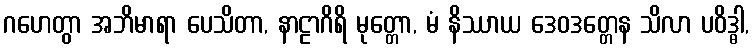
ဂဟေတွာ အဘိမာရာ ပေသိတာ, နာဠာဂိရိ မုတ္တော, မံ နိဿာယ ဒေဝဒတ္တေန သိလာ ပဝိဒ္ဓါ,